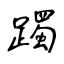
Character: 躅